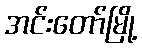
အင်းတော်မြို့